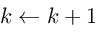
k \gets k + 1